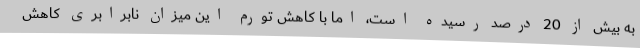
به بیش از 20 درصد رسیده است، اما با کاهش تورم این میزان نابرابری کاهش